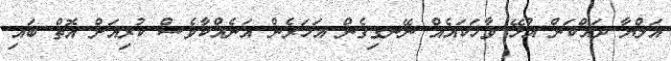
އަލްޔާ ދައްކަން އުޅޭ ވާހަކައެއް ނޭނގިގެން އަހަރެން އަނެއްކާވެސް ކުރިއަށް އޮތް ބައި